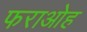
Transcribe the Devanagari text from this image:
फराओह